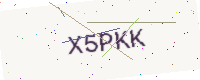
Text: X5PKK